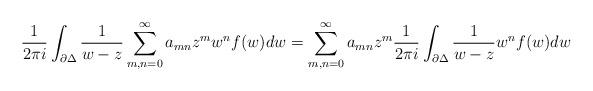
LaTeX: \begin{align*}\frac{1}{2\pi i}\int_{\partial \Delta }\frac{1}{w-z}\sum_{m,n=0}^{\infty}a_{mn}z^{m}w^{n}f(w)dw=\sum_{m,n=0}^{\infty }a_{mn}z^{m}\frac{1}{2\pi i}\int_{\partial \Delta }\frac{1}{w-z}w^{n}f(w)dw \end{align*}